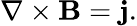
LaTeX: {\mathbf\nabla}\times{\mathbf B}={\mathbf j}.